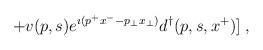
LaTeX: \begin{align*}\;+ v(p,s)e^{\imath (p^+x^- - p_\perp x_\perp)}d^\dagger(p,s,x^+)]\;,\end{align*}